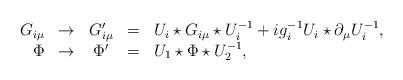
LaTeX: \begin{align*}\begin{array}{rcccl}G_{i\mu}&\to & G^{\prime}_{i\mu}&=&U_i\star G_{i\mu}\star U_i^{-1}+ig_i^{-1}U_i\star\partial_{\mu}U_i^{-1},\\\Phi &\to & \Phi^{\prime}&=&U_1\star\Phi\star U_2^{-1},\end{array}\end{align*}